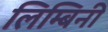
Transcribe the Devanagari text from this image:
लिम्बिनी